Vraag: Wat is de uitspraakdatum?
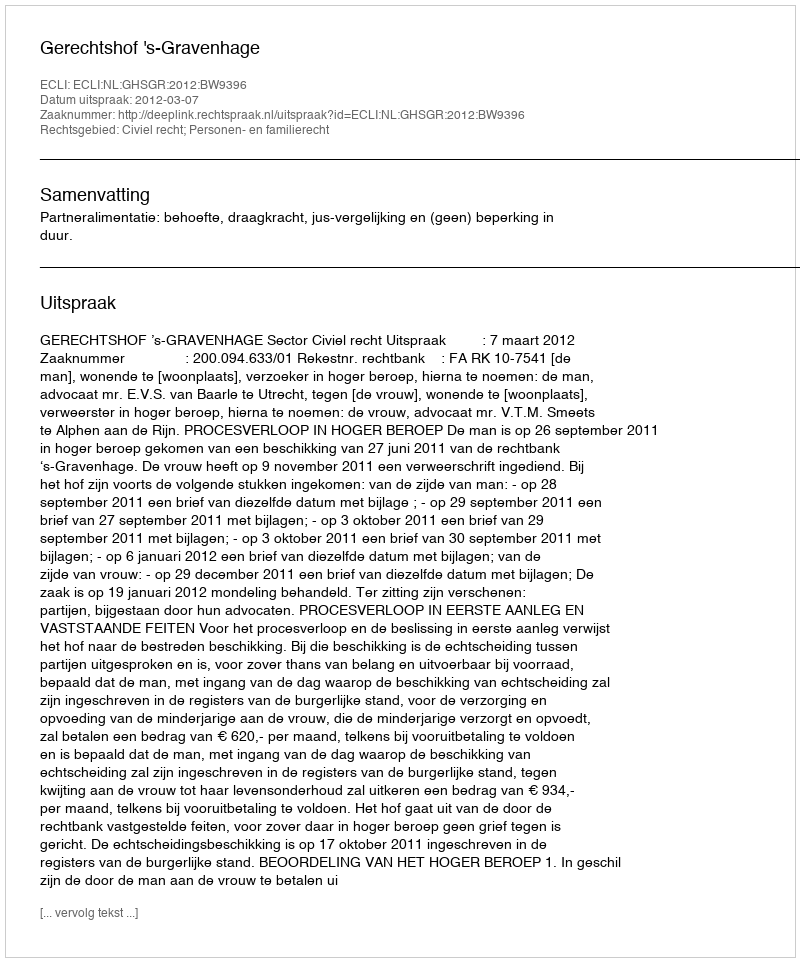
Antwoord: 2012-03-07